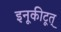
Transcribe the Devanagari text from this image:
इनूकीटूत्